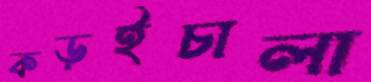
কড়ইচালা